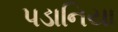
પડાનિયા